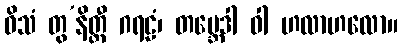
ဝိသံ တွ’နိတ္ထီ ဂရဠံ၊ တဗ္ဘေဒါ ဝါ ဟလာဟလော။